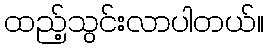
ထည့်သွင်းလာပါတယ်။